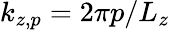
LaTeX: k_{z,p}=2\pi p/L_{z}